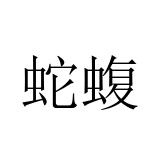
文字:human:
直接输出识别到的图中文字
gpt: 蛇蝮